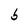
Character: b